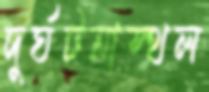
দুর্ঘটনাস্থল